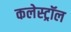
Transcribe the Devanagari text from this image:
कलेस्ट्रॉल